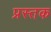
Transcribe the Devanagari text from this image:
प्रस्तक